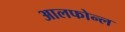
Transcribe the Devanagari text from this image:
आलफोन्ल